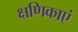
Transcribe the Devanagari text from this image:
क्षणिकाएं